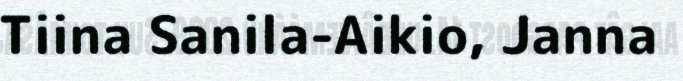
Tiina Sanila-Aikio, Janna